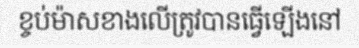
ខ្ចប់ម៉ាសខាងលើត្រូវបានធ្វើឡើងនៅ